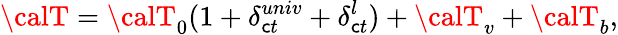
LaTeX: {\calT}={\calT}_{0}(1+\delta_{\mathsf{c}t}^{univ}+\delta_{\mathsf{c}t}^{l})+{\calT}_{v}+{\calT}_{b},